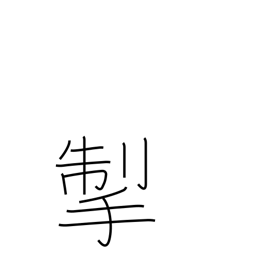
Meaning: pull back